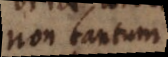
non tantum